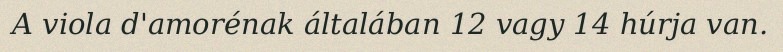
A viola d'amorénak általában 12 vagy 14 húrja van.